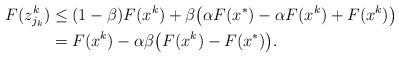
LaTeX: \begin{align*}F(z^k_{j_k}) &\leq (1 - \beta) F(x^k) + \beta \big( \alpha F(x^{*}) - \alpha F(x^k) + F(x^k)\big) \\&=F(x^k) - \alpha\beta\big( F(x^k) - F(x^{*})\big).\end{align*}